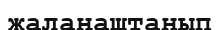
жалаңаштанып